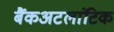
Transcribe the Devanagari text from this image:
बैंकअटलांटिक